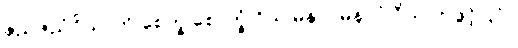
ဇညဇညံဝိယာတိ စေက္ခ စောက္ခံ ဝိယ မနာပမနာပံ ဝိယ ဟုဖွင့်ပြပုံ။